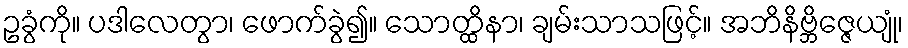
ဥခွံကို။ ပဒါလေတွာ၊ ဖောက်ခွဲ၍။ သောတ္ထိနာ၊ ချမ်းသာသဖြင့်။ အဘိနိဗ္ဘိဇ္ဇေယျုံ၊